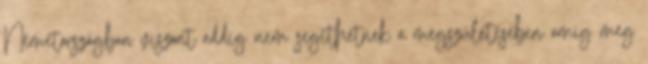
Németországban viszont addig nem segíthetnek a megszületésében amíg meg